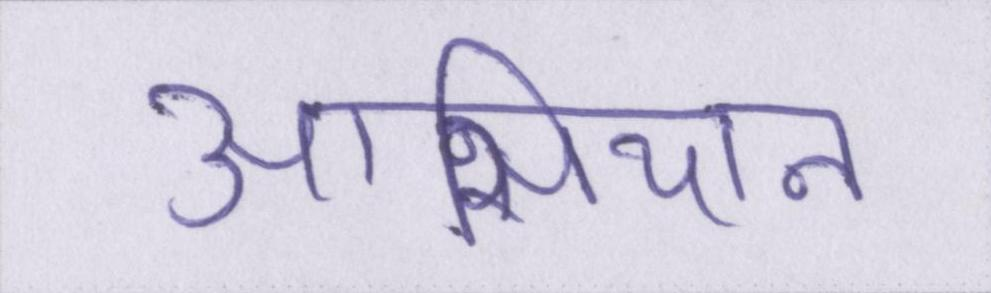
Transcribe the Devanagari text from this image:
आसियान